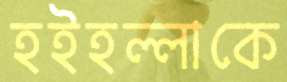
হইহল্লাকে